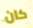
كان